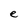
Character: e